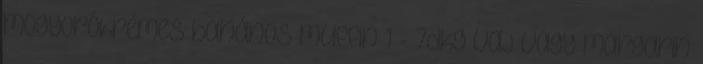
mogyorókrémes banános muffin 1 - 7dkg vaj vagy margarin